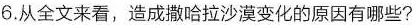
6.从全文来看，造成撒哈拉沙漠变化的原因有哪些?